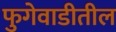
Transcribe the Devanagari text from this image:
फुगेवाडीतील